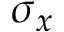
\sigma _ { x }